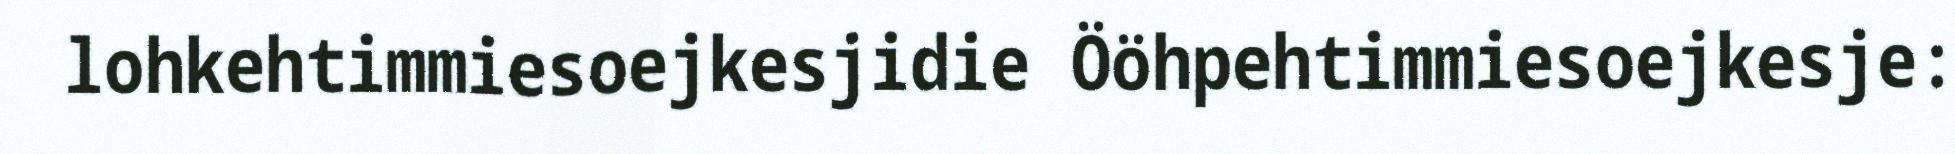
lohkehtimmiesoejkesjidie Ööhpehtimmiesoejkesje: